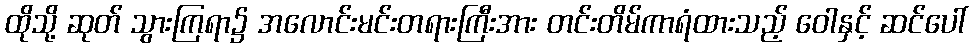
ထိုသို့ ဆုတ် သွားကြရာ၌ အလောင်းမင်းတရားကြီးအား တင်းတိမ်ကာရံထားသည့် ဝေါနှင့် ဆင်ပေါ်